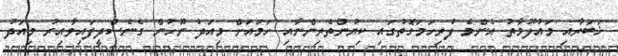
ޚަބަރާއި މައުލޫމާތު އެންމެ ފުރިހަމަގޮތުގައި ކިޔުންތެރިންނާއި ހަމައަށް މިއަދު ނޫހުން ގެނެސްދީފައިވާއިރު މިއަދު